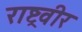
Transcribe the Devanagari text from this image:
राष्ट्रवीर